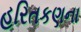
હરિતકણના